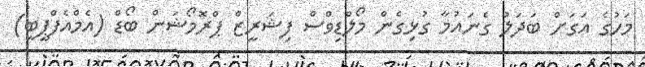
މަހުގެ އަގަށް ބަދަލު ގެނައުމާ ގުޅިގެން މޯލްޑިވްސް ފިޝަރީޒް ޕްރޮމޯޝަން ބޯޑް (އެމްއެފްޕީބީ)